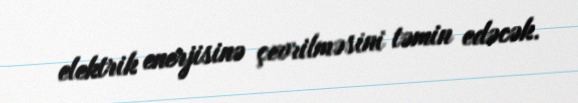
elektrik enerjisinə çevrilməsini təmin edəcək.